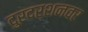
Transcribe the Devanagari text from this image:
दुरदर्शनवर